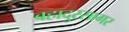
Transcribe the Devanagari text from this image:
बहादुरसागर